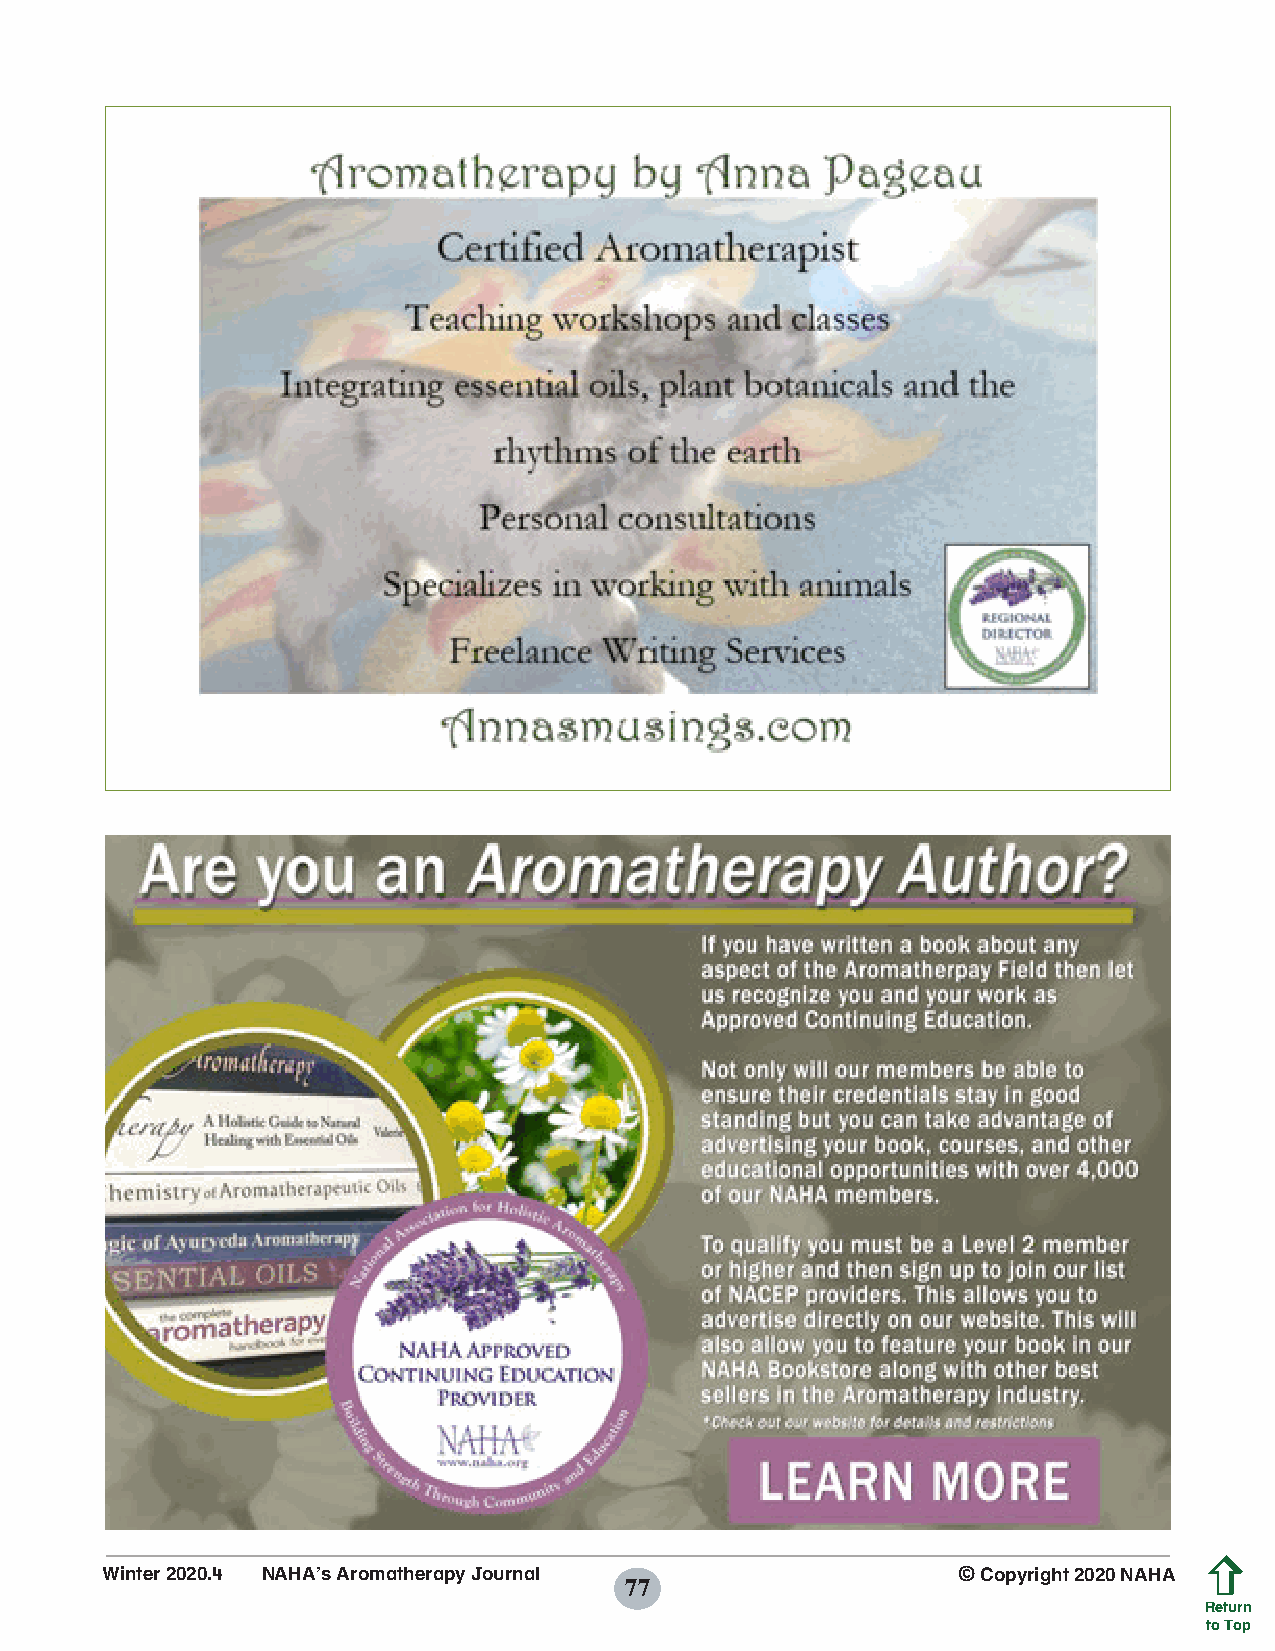
Winter 2020.4 NAHA’s Aromatherapy Journal               © Copyright 2020 NAHA
 77
 Return
 to Top
 